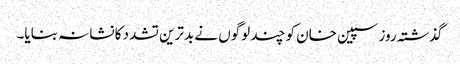
گذشتہ روز سپین خان کو چند لوگوں نے بدترین تشدد کا نشانہ بنایا۔